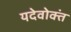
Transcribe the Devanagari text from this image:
यदेवोक्तं